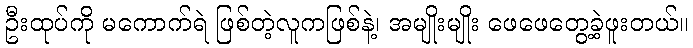
ဦးထုပ်ကို မကောက်ရဲ ဖြစ်တဲ့လူကဖြစ်နဲ့၊ အမျိုးမျိုး ဖေဖေတွေ့ခဲ့ဖူးတယ်။